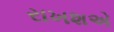
રાખશએ